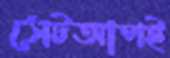
সেটআপই